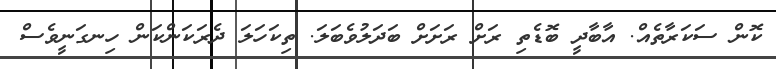
ކޮން ސަކަރާތެއް. އާބާދީ ބޮޑެތި ރަށް ރަށަށް ބަދަލުވެބަލަ. ތިކަހަލަ ދެރަކަންކަން ހިނގަނީވެސް